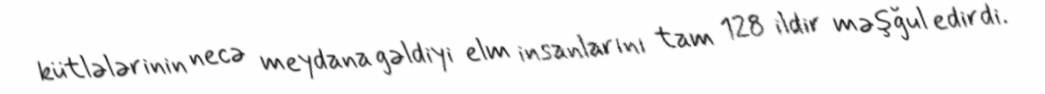
kütlələrinin necə meydana gəldiyi elm insanlarını tam 128 ildir məşğul edirdi.